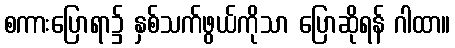
စကားပြောရာ၌ နှစ်သက်ဖွယ်ကိုသာ ပြောဆိုရန် ဂါထာ။